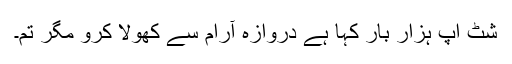
شٹ اپ ہزار بار کہا ہے دروازہ آرام سے کھولا کرو مگر تم۔